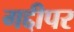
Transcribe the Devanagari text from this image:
गद्दीपर